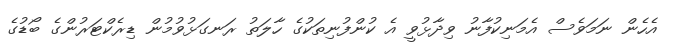
އެހެން ނަމަވެސް އެމަނިކުފާނު ވިދާޅުވީ އެ ކުންފުނިތަކުގެ ހާލަތު ރަނގަޅުވުމުން ޑިރެކްޓަރުންގެ ބޯޑުގެ